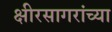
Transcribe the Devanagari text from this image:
क्षीरसागरांच्या